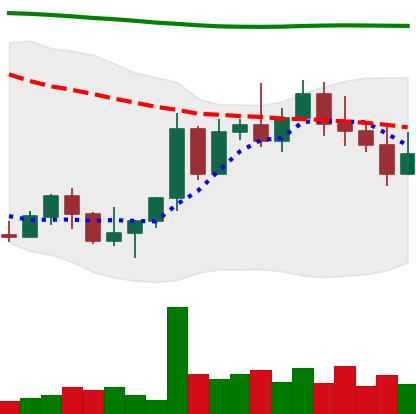
Ticker: NEO-USD
Chart end date: 2022-11-03
Forward return: -11.222%
Label: down_7plus